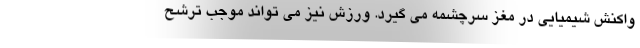
واکنش شیمیایی در مغز سرچشمه می گیرد. ورزش نیز می تواند موجب ترشح